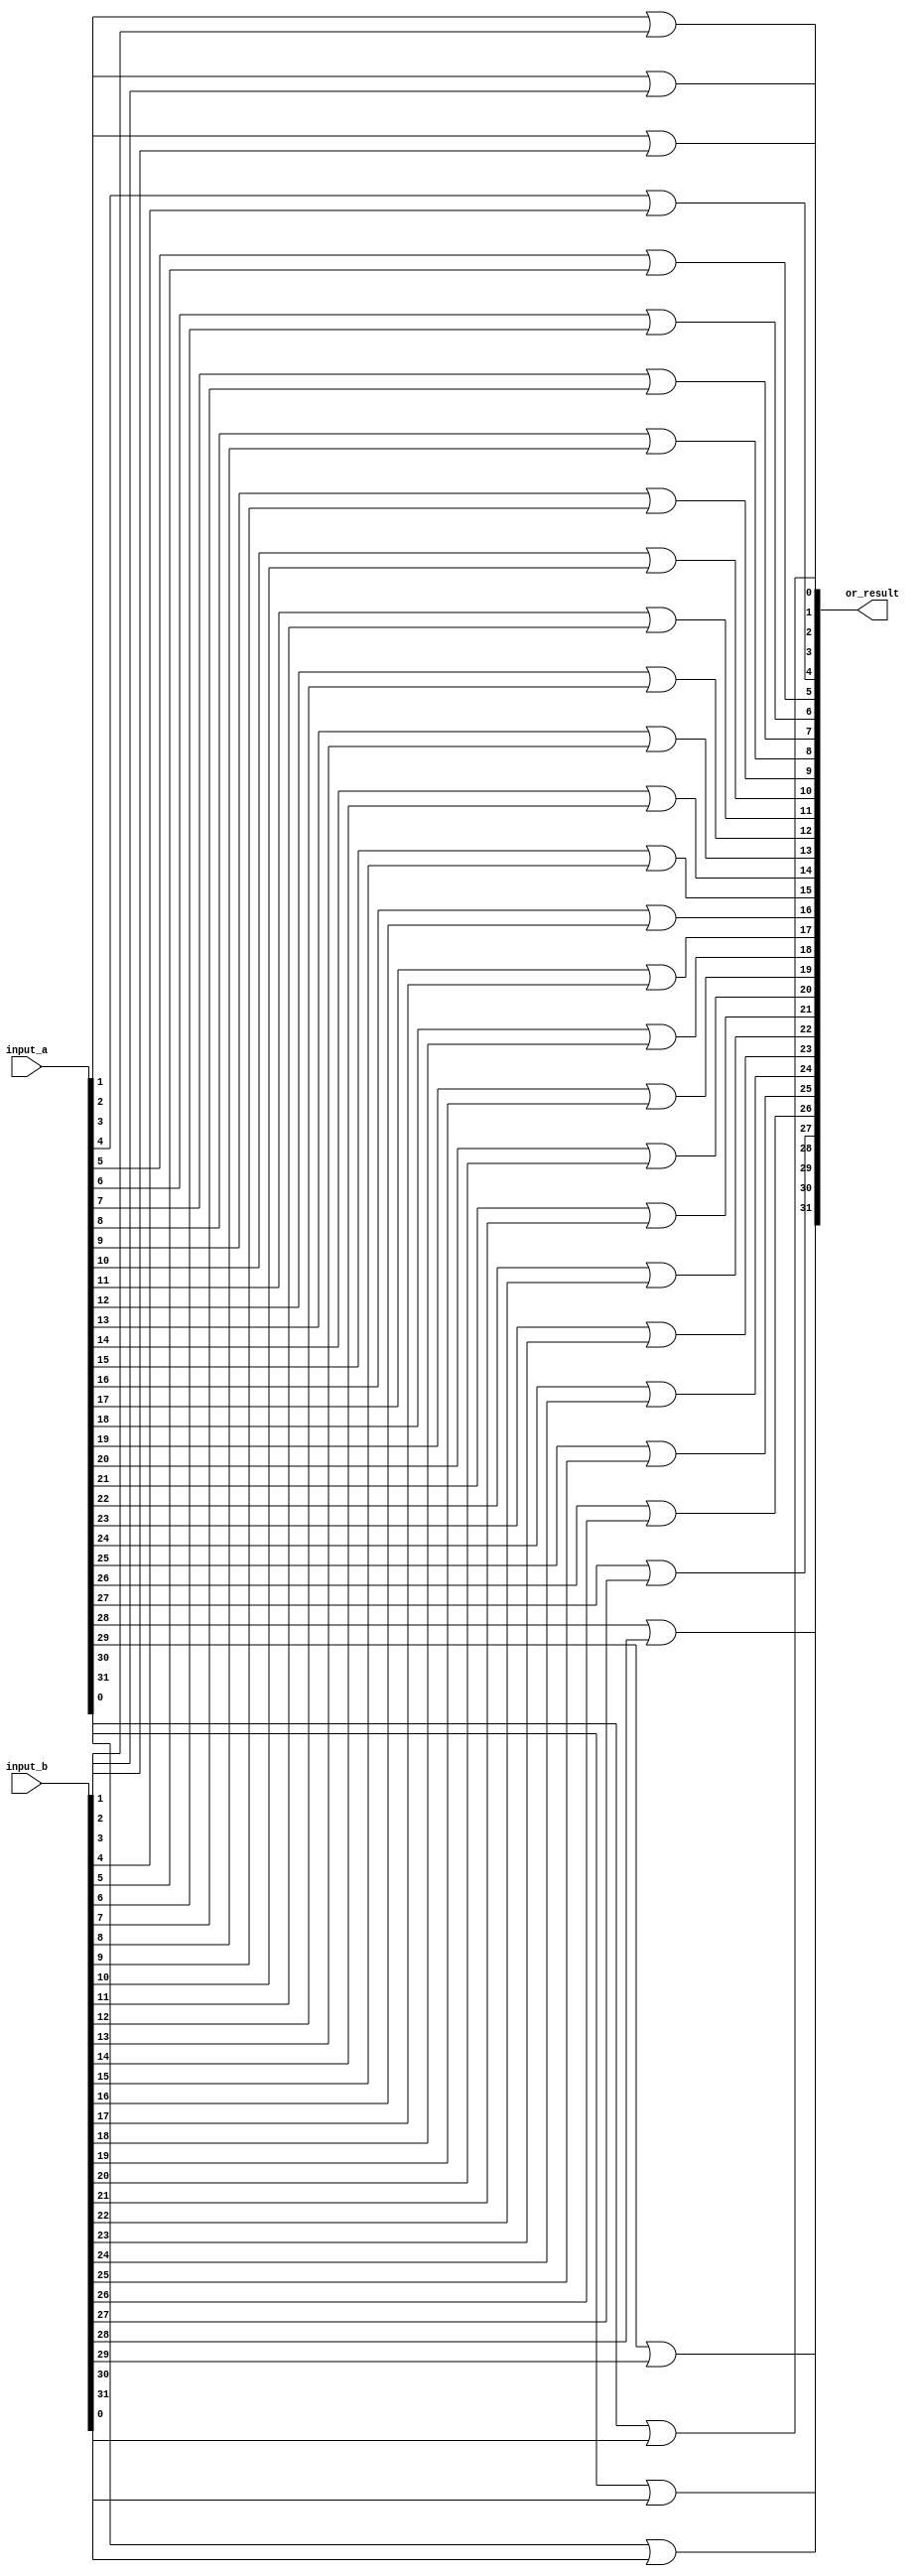
module _32bit_or (or_result, input_a, input_b);

input  [31:0] input_a, input_b;
output [31:0] or_result;

//oring all bits with their friends


or or0(or_result[0],input_a[0],input_b[0]),
	 or1(or_result[1],input_a[1],input_b[1]),
	 or2(or_result[2],input_a[2],input_b[2]),
    or3(or_result[3],input_a[3],input_b[3]),
	 or4(or_result[4],input_a[4],input_b[4]),
	 or5(or_result[5],input_a[5],input_b[5]),
	 or6(or_result[6],input_a[6],input_b[6]),
	 or7(or_result[7],input_a[7],input_b[7]),
	 or8(or_result[8],input_a[8],input_b[8]),
	 or9(or_result[9],input_a[9],input_b[9]),
	 or10(or_result[10],input_a[10],input_b[10]),
	 or11(or_result[11],input_a[11],input_b[11]),
	 or12(or_result[12],input_a[12],input_b[12]),
	 or13(or_result[13],input_a[13],input_b[13]),
	 or14(or_result[14],input_a[14],input_b[14]),
	 or15(or_result[15],input_a[15],input_b[15]),
	 or16(or_result[16],input_a[16],input_b[16]),
	 or17(or_result[17],input_a[17],input_b[17]),
	 or18(or_result[18],input_a[18],input_b[18]),
	 or19(or_result[19],input_a[19],input_b[19]),
	 or20(or_result[20],input_a[20],input_b[20]),
	 or21(or_result[21],input_a[21],input_b[21]),
	 or22(or_result[22],input_a[22],input_b[22]),
	 or23(or_result[23],input_a[23],input_b[23]),
	 or24(or_result[24],input_a[24],input_b[24]),
	 or25(or_result[25],input_a[25],input_b[25]),
	 or26(or_result[26],input_a[26],input_b[26]),
	 or27(or_result[27],input_a[27],input_b[27]),
	 or28(or_result[28],input_a[28],input_b[28]),
	 or29(or_result[29],input_a[29],input_b[29]),
	 or30(or_result[30],input_a[30],input_b[30]),
	 or31(or_result[31],input_a[31],input_b[31]);

endmodule